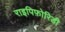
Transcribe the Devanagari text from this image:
राइपिफ़ोरिडी